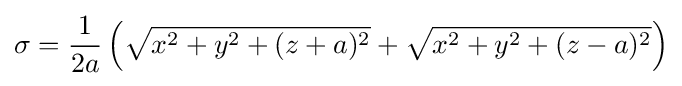
\sigma ={\frac {1}{2a}}\left({\sqrt {x^{2}+y^{2}+(z+a)^{2}}}+{\sqrt {x^{2}+y^{2}+(z-a)^{2}}}\right)